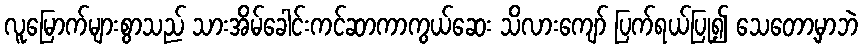
လူမြောက်များစွာသည် သားအိမ်ခေါင်းကင်ဆာကာကွယ်ဆေး သိလားကျော် ပြက်ရယ်ပြု၍ သေတော့မှာဘဲ